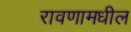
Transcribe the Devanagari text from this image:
रावणामधील